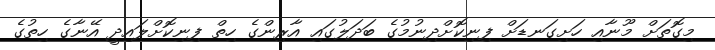
މިގޮތަށް މޫނާއި ހަށިގަނޑަށް ފިނިކޮށްދިނުމުގެ ބަދަލުގައި އާރިންގެ ހިތް ފިނިކޮށްލައިދީ އޭނާގެ ހިތުގެ